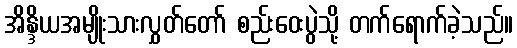
အိန္ဒိယအမျိုးသားလွှတ်တော် စည်းဝေးပွဲသို့ တက်ရောက်ခဲ့သည်။